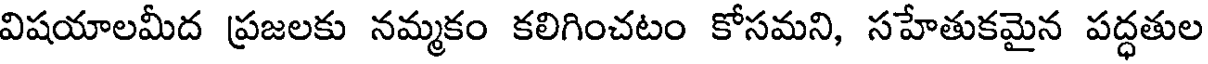
విషయాలమీద ప్రజలకు నమ్మకం కలిగించటం కోసమని, సహేతుకమైన పద్ధతుల